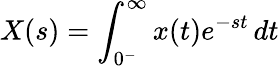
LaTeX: X(s)=\int_{0^{-}}^{\infty}x(t)e^{-st}\, dt